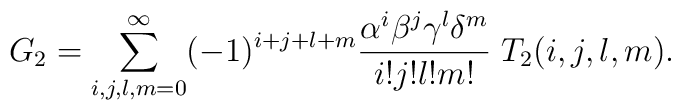
G_2 = \sum_{i,j,l,m=0}^\infty (-1)^{i+j+l+m} \frac{\alpha^i \beta^j \gamma^l\delta^m}{i!j!l!m!}\;T_2(i,j,l,m) .